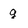
Character: g